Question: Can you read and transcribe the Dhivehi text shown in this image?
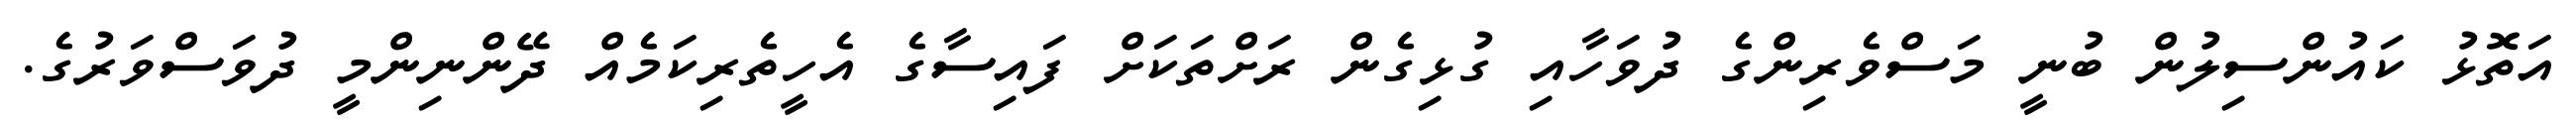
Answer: އަތޮޅު ކައުންސިލުން ބުނީ މަސްވެރިންގެ ދުވަހާއި ގުޅިގެން ރަށްތަކަށް ފައިސާގެ އެހީތެރިކަމެއް ދޭންނިންމީ ދުވަސްވަރުގެ.